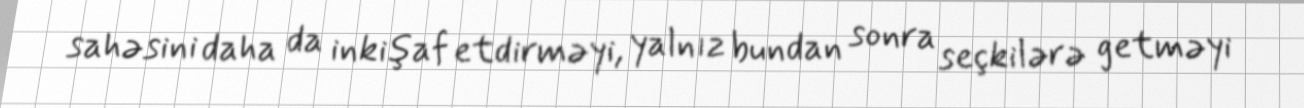
sahəsini daha da inkişaf etdirməyi, yalnız bundan sonra seçkilərə getməyi